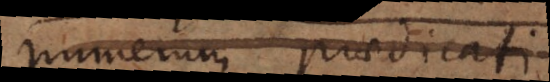
numerum praedicati